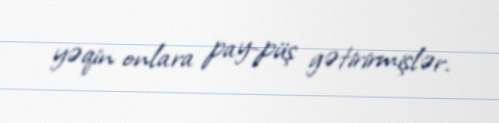
yəqin onlara pay-püş gətirirmişlər.